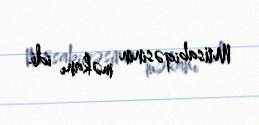
Müsabiqəsinin məkanı idi.